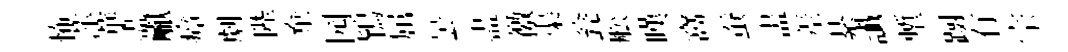
怖萍華盡𪩘瘴劇陛棄园鴇屈曇盡徼渠瓮舩嘆窩蚕𥁞差綦䜟塹蹰有宗